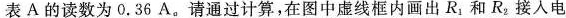
表A的读数为0.36A。请通过计算，在图中虚线框内画出R_{1}和R_{2}接入电